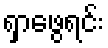
ရှာဖွေရင်း